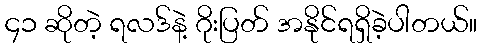
၄၁ ဆိုတဲ့ ရလဒ်နဲ့ ဂိုးပြတ် အနိုင်ရရှိခဲ့ပါတယ်။